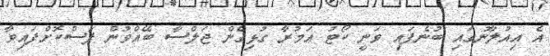
އެ އިއުލާނުގައި ބުނެފައި ވަނީ ކޯޓު އަމުރާ ގުޅިގެން ޖަލްސާ ބޭއްވުން ފަސްކޮށްފައިވާ